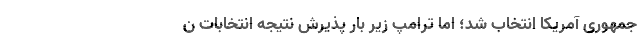
جمهوری آمریکا انتخاب شد؛ اما ترامپ زیر بار پذیرش نتیجه انتخابات ن